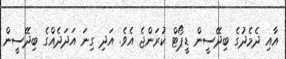
އާއި ދެމެދުގެ ބިދޭސީން ޑީޕޯޓް ކުރަންޖެ އެވެ. އަދި ގިނަ އަދަދެއްގެ ބިދޭސީން